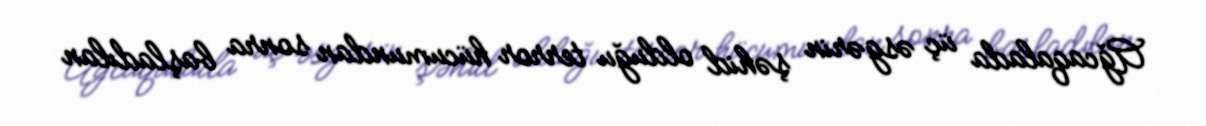
Ağcaqalada üç əsgərin şəhid olduğu terror hücumundan sonra başladılan